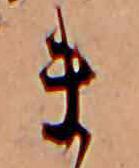
ま